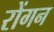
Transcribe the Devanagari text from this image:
रोंगन